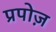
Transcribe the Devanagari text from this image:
प्रपोज़